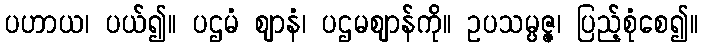
ပဟာယ၊ ပယ်၍။ ပဌမံ ဈာနံ၊ ပဌမဈာန်ကို။ ဥပသမ္ပဇ္ဇ၊ ပြည့်စုံစေ၍။